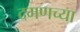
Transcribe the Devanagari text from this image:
दमणच्या